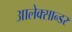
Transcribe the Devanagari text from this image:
आलेक्सान्डर